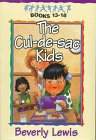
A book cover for Cul-de-sac Kids Boxed Set; Beverly Lewis; Religion & Spirituality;